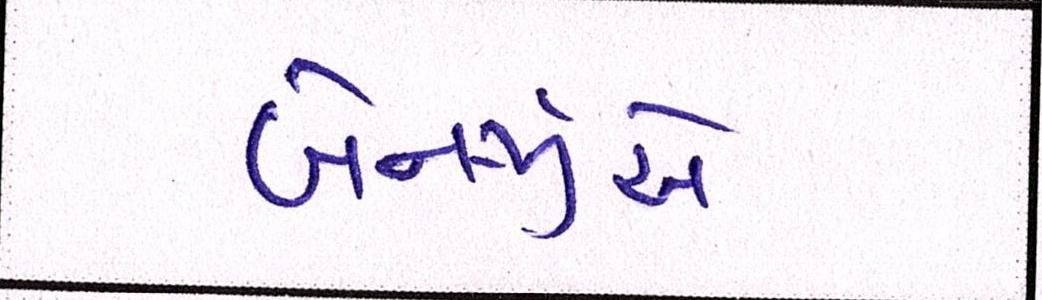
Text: બેનર્જીએ